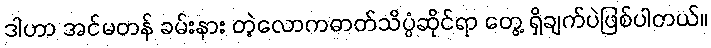
ဒါဟာ အင်မတန် ခမ်းနား တဲ့လောကဓာတ်သိပ္ပံဆိုင်ရာ တွေ့ ရှိချက်ပဲဖြစ်ပါတယ်။